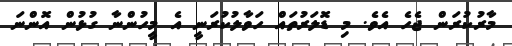
މާރުކުރަން ޖެހެ އެވެ. މި ޑޮލަރުތައް ހަވާލުކުރަނީ އެ މީހުންނާ ގުޅުން އޮންނަ